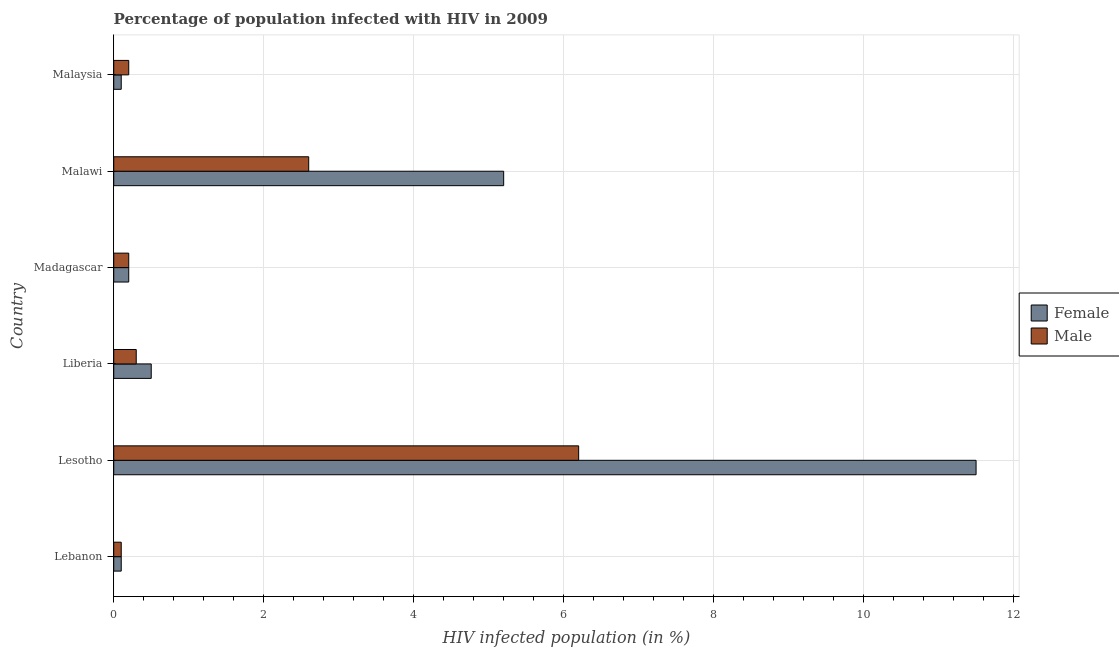
| Country | Female | Male |
 | --- | --- | --- |
 | Lebanon | 0.1 | 0.1 |
 | Lesotho | 11.5 | 6.2 |
 | Liberia | 0.5 | 0.3 |
 | Madagascar | 0.2 | 0.2 |
 | Malawi | 5.2 | 2.6 |
 | Malaysia | 0.1 | 0.2 |